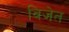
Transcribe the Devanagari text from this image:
विजेत